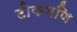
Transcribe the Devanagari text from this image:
टीकमणि